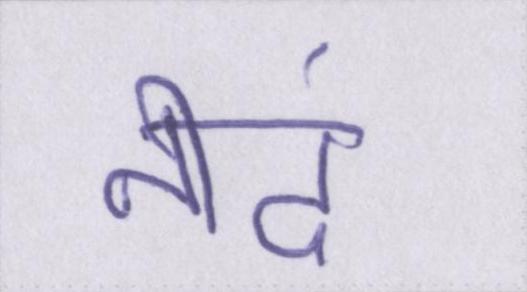
नीदं